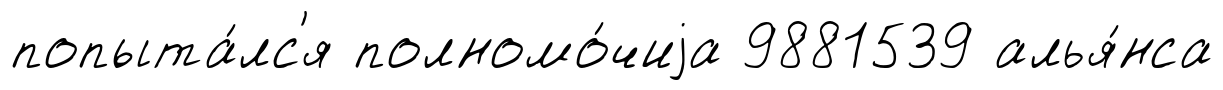
попыта́лс'я полномо́чиjа 9881539 алья́нса